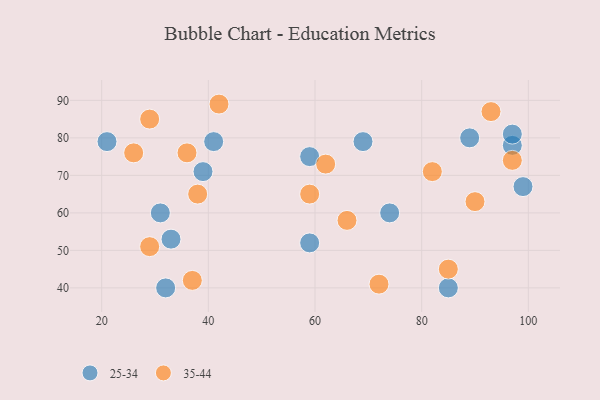
{"axis": {"x": "GDP", "y": "Life Expectancy"}, "legend": ["25-34", "35-44"], "data": [{"x": "32", "y": 40, "type": "25-34"}, {"x": "99", "y": 67, "type": "25-34"}, {"x": "89", "y": 80, "type": "25-34"}, {"x": "74", "y": 60, "type": "25-34"}, {"x": "85", "y": 40, "type": "25-34"}, {"x": "59", "y": 52, "type": "25-34"}, {"x": "69", "y": 79, "type": "25-34"}, {"x": "41", "y": 79, "type": "25-34"}, {"x": "31", "y": 60, "type": "25-34"}, {"x": "97", "y": 78, "type": "25-34"}, {"x": "33", "y": 53, "type": "25-34"}, {"x": "39", "y": 71, "type": "25-34"}, {"x": "59", "y": 75, "type": "25-34"}, {"x": "21", "y": 79, "type": "25-34"}, {"x": "97", "y": 81, "type": "25-34"}, {"x": "26", "y": 76, "type": "35-44"}, {"x": "62", "y": 73, "type": "35-44"}, {"x": "90", "y": 63, "type": "35-44"}, {"x": "37", "y": 42, "type": "35-44"}, {"x": "59", "y": 65, "type": "35-44"}, {"x": "29", "y": 51, "type": "35-44"}, {"x": "72", "y": 41, "type": "35-44"}, {"x": "36", "y": 76, "type": "35-44"}, {"x": "38", "y": 65, "type": "35-44"}, {"x": "97", "y": 74, "type": "35-44"}, {"x": "66", "y": 58, "type": "35-44"}, {"x": "85", "y": 45, "type": "35-44"}, {"x": "82", "y": 71, "type": "35-44"}, {"x": "93", "y": 87, "type": "35-44"}, {"x": "42", "y": 89, "type": "35-44"}, {"x": "29", "y": 85, "type": "35-44"}]}